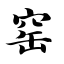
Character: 窑